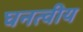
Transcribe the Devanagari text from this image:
घनत्वीय